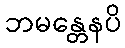
ဘမန္တေနပိ